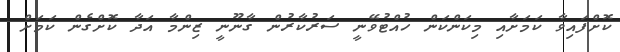
ކޮށްފައިވާ ކަމަށާއި މިކަންކަން ހުއްޓުވޭނީ ސަރުކާރުން ގާނޫނީ ޒިންމާ އަދާ ކޮށްގެން ކަމަށް